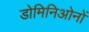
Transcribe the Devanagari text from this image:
डोमिनिओनों